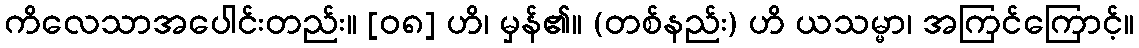
ကိလေသာအပေါင်းတည်း။ [၀၈] ဟိ၊ မှန်၏။ (တစ်နည်း) ဟိ ယသမ္မာ၊ အကြင်ကြောင့်။